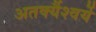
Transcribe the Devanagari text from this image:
अतर्क्यैश्वर्ये